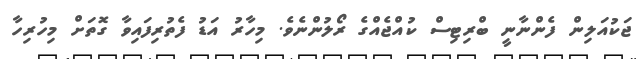
ޖަކުއަލިން ފެންނާނީ ބްރިޓިސް ކުއްޖެއްގެ ރޯލުންނެވެ. މިހާރު އަޑު ފެތުރިފައިވާ ގޮތަށް މިހުރިހާ